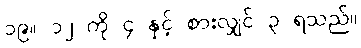
၁၉။ ၁၂ ကို ၄ နှင့် စားလျှင် ၃ ရသည်။